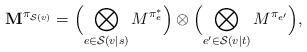
LaTeX: \begin{align*}\mathbf{M}^{\pi_{\mathcal{S}(v)}}=\Bigl(\bigotimes_{e\in\mathcal{S}(v|s)}M^{\pi_e^*}\Bigr)\otimes\Bigl(\bigotimes_{e^\prime\in\mathcal{S}(v|t)}M^{\pi_{e^\prime}}\Bigr),\end{align*}